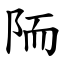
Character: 陑